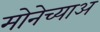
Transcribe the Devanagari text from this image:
मोनेच्याअ